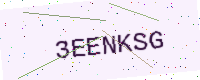
Text: 3EENKSG